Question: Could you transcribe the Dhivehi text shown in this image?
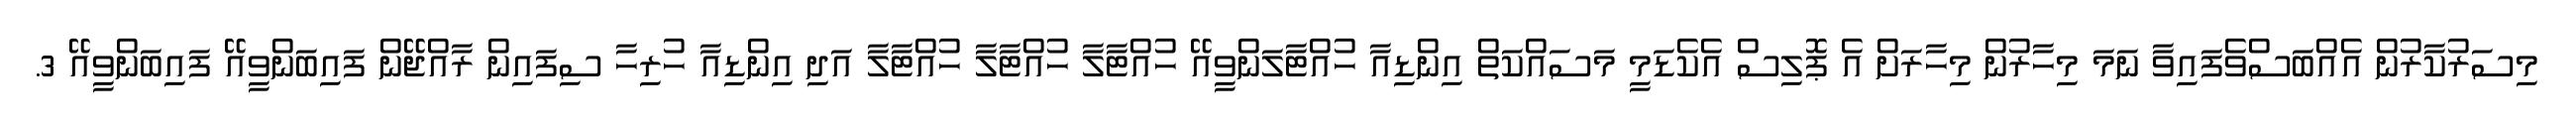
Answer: މިސަރުކާރުން އެއްބަސްވެފައިވާ ނަމަ މިހާރުން މިހާރަށް އެ ޕޮލިސް އެކެޑަމީ މަސައްކަތް އިންޑިއާ ހުއްޓާލަންވީއޭ ހުއްޓާލާ ހުއްޓާލާ ހުއްޓާލާ އަދި އިންޑިއާ ހުރިހާ ސިފައިން ރާއްޖޭން ފައިބަންވީއޭ ފައިބަންވީއޭ 3.